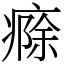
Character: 㾻